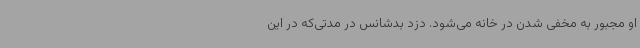
او مجبور به مخفی شدن در خانه می‌شود. دزد بدشانس در مدتی‌که در این